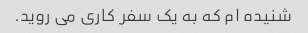
شنیده ام که به یک سفر کاری می روید.